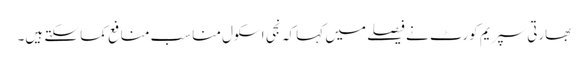
بھارتی سپریم کورٹ نے فیصلے میں کہا کہ نجی اسکول مناسب منافع کما سکتے ہیں۔